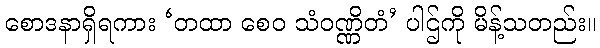
စောဒနာရှိရကား ‘တထာ စေဝ သံဝဏ္ဏိတံ’ ပါဌ်ကို မိန့်သတည်း။